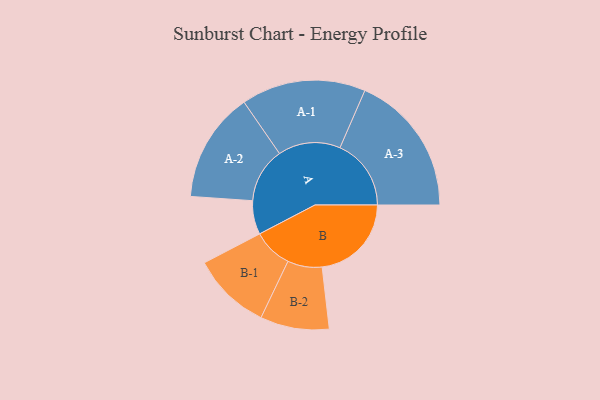
{"axis": {"x": "Segment", "y": "Value"}, "legend": ["", "A", "B"], "data": [{"x": "A", "y": 136, "type": ""}, {"x": "B", "y": 360, "type": ""}, {"x": "A-1", "y": 251, "type": "A"}, {"x": "A-2", "y": 222, "type": "A"}, {"x": "A-3", "y": 287, "type": "A"}, {"x": "B-1", "y": 159, "type": "B"}, {"x": "B-2", "y": 139, "type": "B"}]}